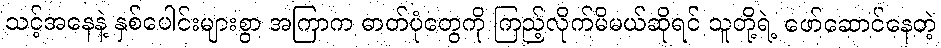
သင့်အနေနဲ့ နှစ်ပေါင်းများစွာ အကြာက ဓာတ်ပုံတွေကို ကြည့်လိုက်မိမယ်ဆိုရင် သူတို့ရဲ့ ဖော်ဆောင်နေတဲ့